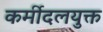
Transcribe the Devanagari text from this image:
कर्मीदलयुक्त